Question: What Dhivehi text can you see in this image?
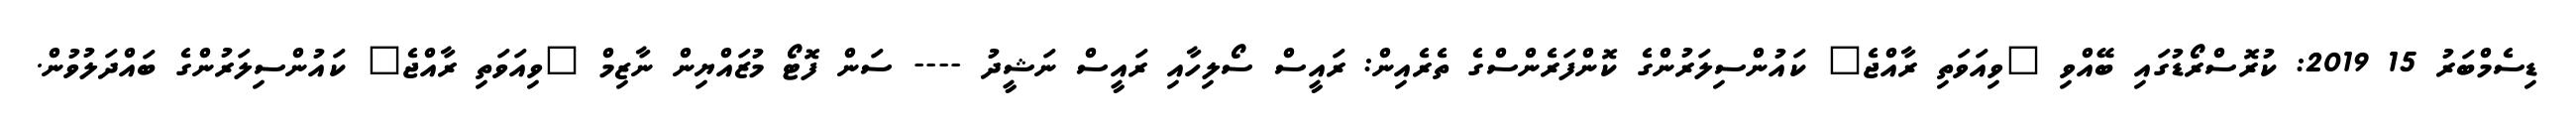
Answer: ޑިސެމްބަރު 15 2019: ކުރޮސްރޯޑުގައި ބޭއްވި "ވިއަވަތި ރާއްޖެ" ކައުންސިލަރުންގެ ކޮންފަރެންސްގެ ތެރެއިން: ރައީސް ސޯލިހާއި ރައީސް ނަޝީދު ---- ސަން ފޮޓޯ މުޒައްޔިން ނާޒިމް "ވިއަވަތި ރާއްޖެ" ކައުންސިލަރުންގެ ބައްދަލުވުން.